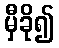
မှီခို၍